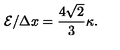
{ \cal E } / \Delta x = \frac { 4 \sqrt { 2 } } { 3 } \kappa .